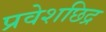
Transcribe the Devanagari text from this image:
प्रवेशछिद्र